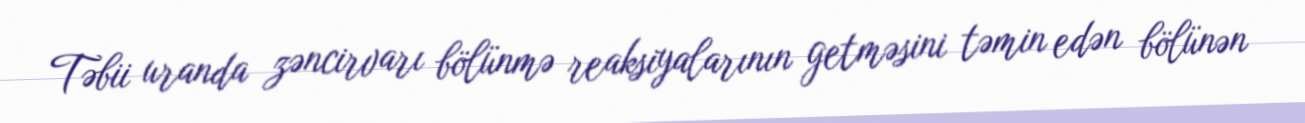
Təbii uranda zəncirvarı bölünmə reaksiyalarının getməsini təmin edən bölünən